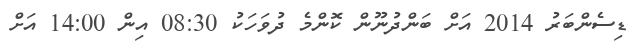
ޑިސެންބަރު 2014 އަށް ބަންދުނޫން ކޮންމެ ދުވަހަކު 08:30 އިން 14:00 އަށް